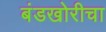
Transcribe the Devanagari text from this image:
बंडखोरीचा